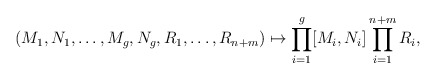
\begin{align*}(M_{1},N_{1},\dots,M_{g},N_{g},R_{1},\dots,R_{n+m})\mapsto \prod_{i=1}^{g}[M_{i},N_{i}]\prod_{i=1}^{n+m} R_{i},\end{align*}